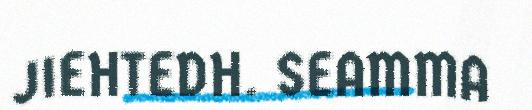
JIEHTEDH. SEAMMA